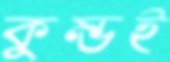
কুম্ভই